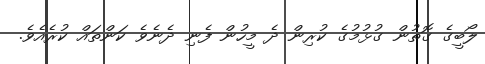
ލޯބީގެ ގޮތުން ގުޅުމުގެ ކުރިން ދެ މީހުން ފެނި ދެނެވެ ކަންތައް ކުރެއެވެ.